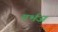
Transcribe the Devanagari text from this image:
गर्भज